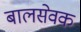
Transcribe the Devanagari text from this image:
बालसेवक